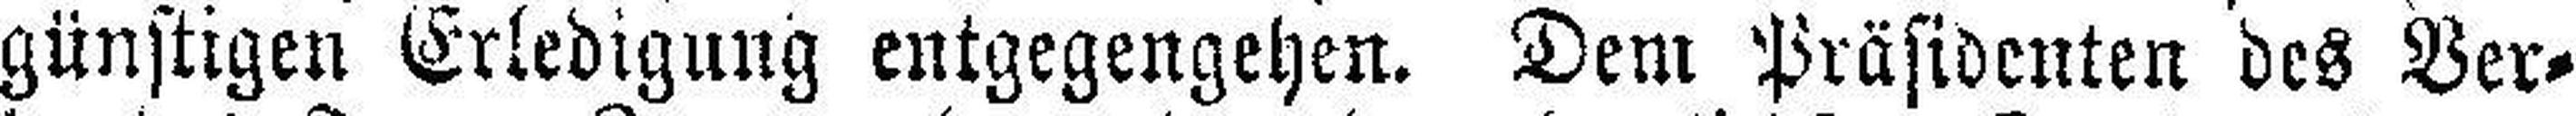
günstigen Erledigung entgegengehen. Dem Präsidenten des Ver¬